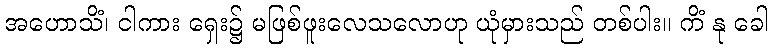
အဟောသိံ၊ ငါကား ရှေး၌ မဖြစ်ဖူးလေသလောဟု ယုံမှားသည် တစ်ပါး။ ကိံ နု ခေါ